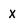
Character: x